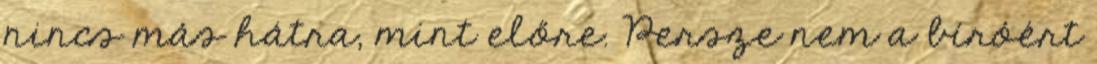
nincs más hátra, mint előre. Persze nem a bíróért